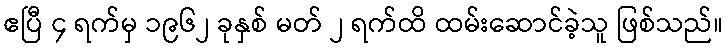
ဧပြီ ၄ ရက်မှ ၁၉၆၂ ခုနှစ် မတ် ၂ ရက်ထိ ထမ်းဆောင်ခဲ့သူ ဖြစ်သည်။